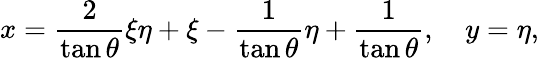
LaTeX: x=\frac{2}{\tan\theta}\xi\eta+\xi-\frac{1}{\tan\theta}\eta+\frac{1}{\tan\theta},\quad y=\eta,